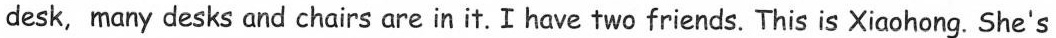
desk, many desks and chairs are in it. I have two friends. This is Xiaohong. She's